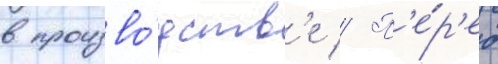
в произво́дств'е // П'е́р'ед